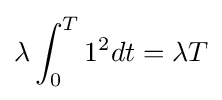
\lambda \int _{0}^{T}1^{2}dt=\lambda T